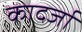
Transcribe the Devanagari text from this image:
कादर्जा